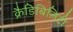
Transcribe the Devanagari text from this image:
क्रैडिबिलिटी